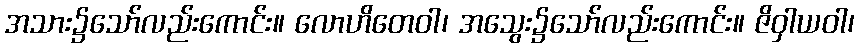
အသား၌သော်လည်းကောင်း။ လောဟိတေဝါ၊ အသွေး၌သော်လည်းကောင်း။ ဇိဝှါယဝါ၊